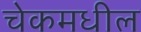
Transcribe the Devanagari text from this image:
चेकमधील